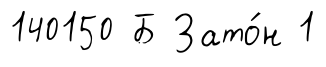
140150 Б Зато́н 1